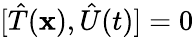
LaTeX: [{\hat{T}}(\mathbf{x}),{\hat{U}}(t)]=0